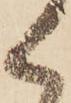
く